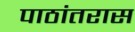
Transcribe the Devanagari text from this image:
पाठांतरास